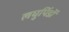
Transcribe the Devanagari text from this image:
लघुपिंडों